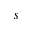
s